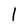
Character: l